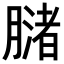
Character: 𬛒